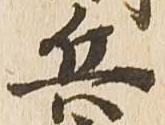
兵